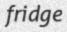
fridge